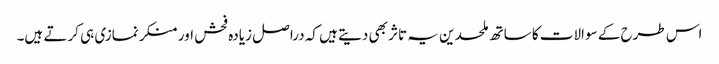
اس طرح کے سوالات کا ساتھ ملحدین یہ تاثر بھی دیتے ہیں کہ دراصل زیادہ فحش اور منکر نمازی ہی کرتے ہیں۔